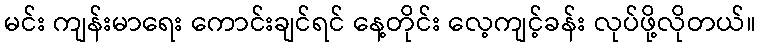
မင်း ကျန်းမာရေး ကောင်းချင်ရင် နေ့တိုင်း လေ့ကျင့်ခန်း လုပ်ဖို့လိုတယ်။